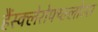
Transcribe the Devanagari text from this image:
हैंस्क्लेरोफ्य्ल्लोउस